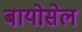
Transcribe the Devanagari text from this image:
बायोसेल